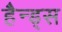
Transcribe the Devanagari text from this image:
हैन्ड्स